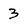
Character: 3